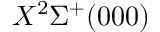
X ^ { 2 } \Sigma ^ { + } ( 0 0 0 )